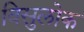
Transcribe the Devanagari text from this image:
विसुलोक